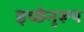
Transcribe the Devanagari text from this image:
इच्छेनुरूप